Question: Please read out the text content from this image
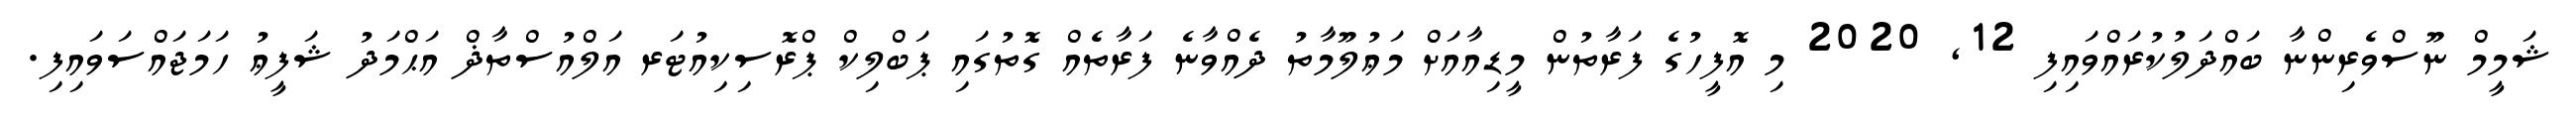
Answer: ޝަމީމް ނޫސްވެރިންނާ ބައްދަލުކުރައްވައިފި 12, 2020 މި އޮފީހުގެ ފަރާތުން މީޑިއާއަށް މަޢުލޫމާތު ދެއްވާނެ ފަރާތެއް ގޮތުގައި ޕަބްލިކް ޕްރޮސިކިއުޓަރ އަލްއުސްތާޛް އަޙްމަދު ޝަފީޢު ހަމަޖައްސަވައިފި.